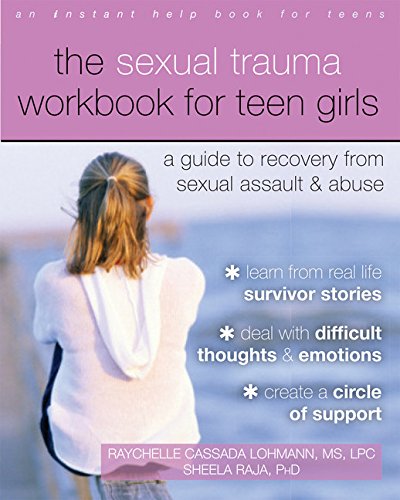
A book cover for The Sexual Trauma Workbook for Teen Girls: A Guide to Recovery from Sexual Assault and Abuse; Raychelle Cassada Lohmann MS  LPC; Teen & Young Adult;